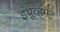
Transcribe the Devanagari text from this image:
इंप्रूव्हमेंट